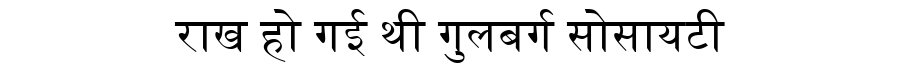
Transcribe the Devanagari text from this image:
राख हो गई थी गुलबर्ग सोसायटी